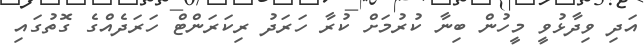
އަދި ވިދާޅުވީ މީހުން ބިނާ ކުރުމަށް ކުރާ ހަރަދު ރިކަރަންޓް ހަރަދެއްގެ ގޮތުގައި